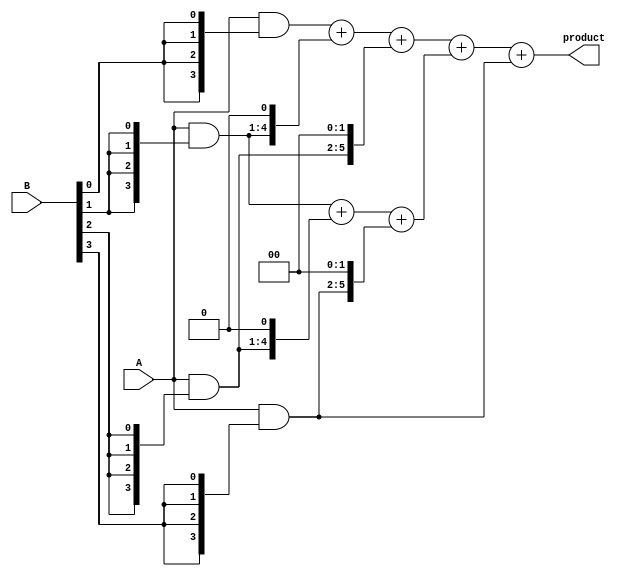
module dadda_multiplier (
    input [3:0] A, // 4-bit input A
    input [3:0] B, // 4-bit input B
    output reg [7:0] product // 8-bit output product
);
    reg [3:0] pp[3:0]; // Partial products
    reg [7:0] sum[3:0]; // Intermediate sums
    integer i, j;

    // Generate partial products
    always @(*) begin
        for (i = 0; i < 4; i = i + 1) begin
            pp[i] = A & {4{B[i]}}; // AND each bit of A with each bit of B
        end
    end

    // Carry Save Adder (CSA) Reduction
    always @(*) begin
        // First stage of reduction
        sum[0] = {4'b0, pp[0]} + {3'b0, pp[1], 1'b0} + {2'b0, pp[2], 2'b0}; // Sum groups of 3
        sum[1] = {3'b0, pp[1]} + {2'b0, pp[2], 1'b0} + {1'b0, pp[3], 2'b0}; // Next group

        // Second stage of reduction
        sum[2] = sum[0] + sum[1]; // Sum the results of first stage
        sum[3] = {2'b0, pp[3]}; // Save the last partial product

        // Final addition
        product = sum[2] + sum[3]; // Final product
    end

endmodule